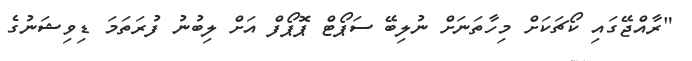
"ރާއްޖޭގައި ކޯޗަކަށް މިހާތަނަށް ނުލިބޭ ސަޕޯޓް ޕޮޕޯފް އަށް ލިބުނު ފުރަތަމަ ޑިވިޝަނުގެ